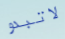
لاتبدو